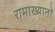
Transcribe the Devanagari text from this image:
रामाख्यानों